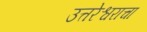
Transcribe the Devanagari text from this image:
उत्तरेश्वराचा